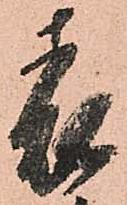
表